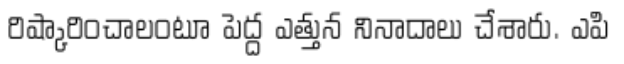
రిష్కారించాలంటూ పెద్ద ఎత్తున నినాదాలు చేశారు. ఎపి